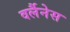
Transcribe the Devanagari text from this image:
वर्लैनेस